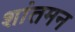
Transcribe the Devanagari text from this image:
शांतमन